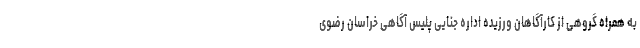
به همراه گروهی از کارآگاهان ورزیده اداره جنایی پلیس آگاهی خراسان رضوی